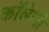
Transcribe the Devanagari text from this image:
कॉलेजी